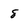
Character: 8